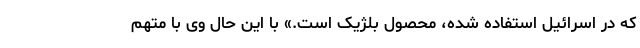
که در اسرائیل استفاده شده، محصول بلژیک است.» با این حال وی با متهم